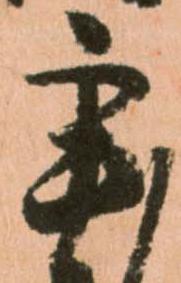
辛